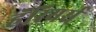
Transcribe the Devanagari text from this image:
हॅरियर्स